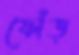
ফোঁড়